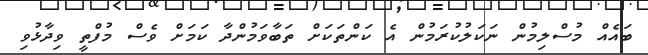
ބައެއް މުސްލިމުން ނަކަލުކުރަމުން އެ ކަންތަކަށް ތަބާވަމުންދާ ކަމަށް ވެސް މުފްތީ ވިދާޅުވި